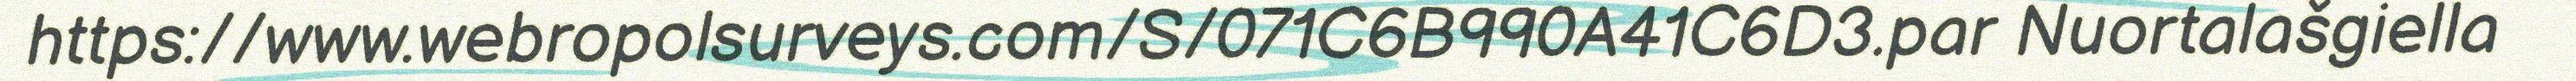
https://www.webropolsurveys.com/S/071C6B990A41C6D3.par Nuortalašgiella